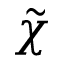
\tilde { \chi }